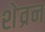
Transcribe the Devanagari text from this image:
शेव्रन